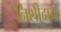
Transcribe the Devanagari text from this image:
निशीदान